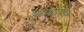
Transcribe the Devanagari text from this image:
भूकंपग्रस्तांच्या